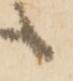
候